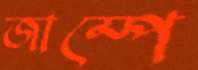
জাম্পে